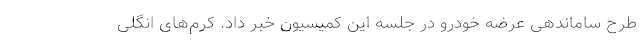
طرح ساماندهی عرضه خودرو در جلسه این کمیسیون خبر داد. کرم‌های انگلی